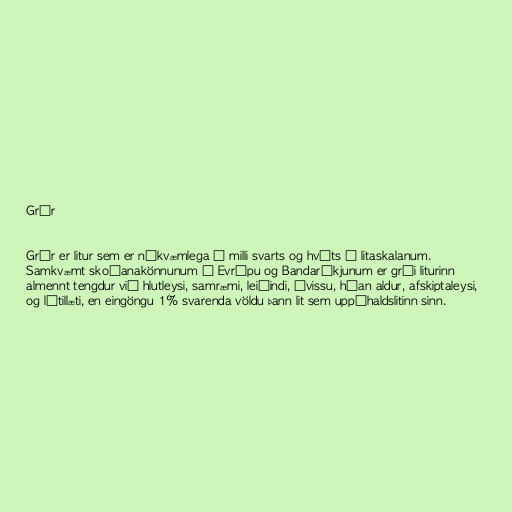
Grár

Grár er litur sem er nákvæmlega á milli svarts og hvíts á litaskalanum.
Samkvæmt skoðanakönnunum í Evrópu og Bandaríkjunum er grái liturinn
almennt tengdur við hlutleysi, samræmi, leiðindi, óvissu, háan aldur, afskiptaleysi,
og lítillæti, en eingöngu 1% svarenda völdu þann lit sem uppáhaldslitinn sinn.